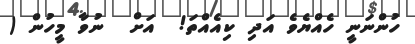
ހުންނަނީ ހެއްޔެވެ އަދި ކިއެއްތަ!  އަށް  ނުވާ މީހުން (